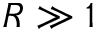
R \gg 1